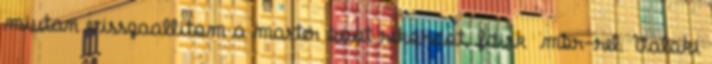
miutan visszaallitom a master boot rekordot, fdisk mbr-rel. Valaki